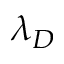
\lambda _ { D }